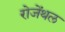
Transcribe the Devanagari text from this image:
रोजेंथल